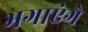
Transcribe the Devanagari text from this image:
भगाएंगे